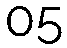
05